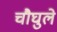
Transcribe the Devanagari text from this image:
चौघुले